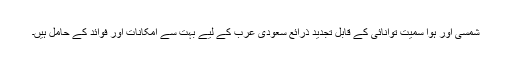
شمسی اور ہوا سمیت توانائی کے قابل تجدید ذرائع سعودی عرب کے لیے بہت سے امکانات اور فوائد کے حامل ہیں۔